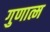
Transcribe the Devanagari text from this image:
गुणात्म